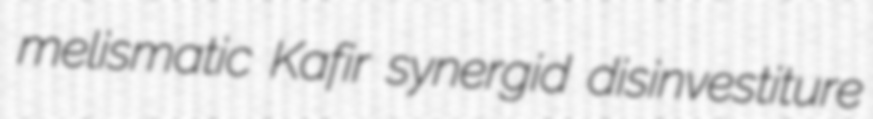
melismatic Kafir synergid disinvestiture